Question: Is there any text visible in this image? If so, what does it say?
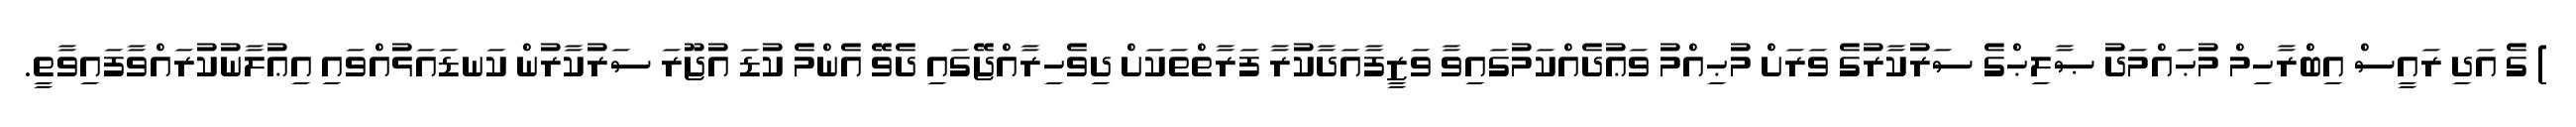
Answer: ) ގެ އަދި ރައީސް އިބްރާހިމް މުޙައްމަދު ޞާލިޙްގެ ސަރުކާރުގެ ވަރަށް މުޙިއްމު ވަޢުދެއްކަމުގައިވާ ވަޒީފާއަދާކުރާ ފަރާތްތަކަށް ދިވެހިރާއްޖޭގައި ދެވޭ އެންމެ ކުޑަ އުޖޫރަ ސަރުކާރުން ކަނޑައަޅުއްވައި އިޢުލާނުކުރައްވާފައިވާތީ.